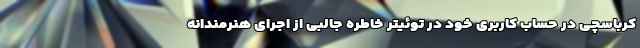
کرباسچی در حساب کاربری خود در توئیتر خاطره جالبی از اجرای هنرمندانه